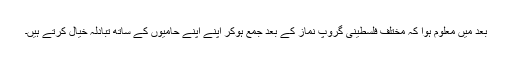
بعد میں معلوم ہوا کہ مختلف فلسطینی گروپ نماز کے بعد جمع ہوکر اپنے اپنے حامیوں کے ساتھ تبادلہ خیال کرتے ہیں۔